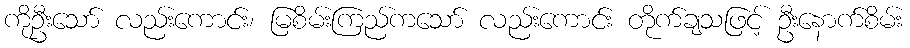
ကိုဦးသော် လည်းကောင်း၊ မြစိမ်းကြည်ကသော် လည်းကောင်း တိုက်ချသဖြင့် ဦးနောက်စိမ်း